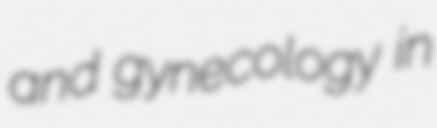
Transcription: and gynecology in